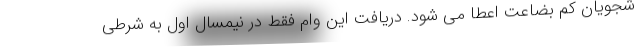
شجویان کم بضاعت اعطا می شود. دریافت این وام فقط در نیمسال اول به شرطی